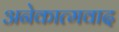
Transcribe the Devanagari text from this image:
अनेकात्मवाद